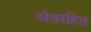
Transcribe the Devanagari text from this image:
अंतरहित